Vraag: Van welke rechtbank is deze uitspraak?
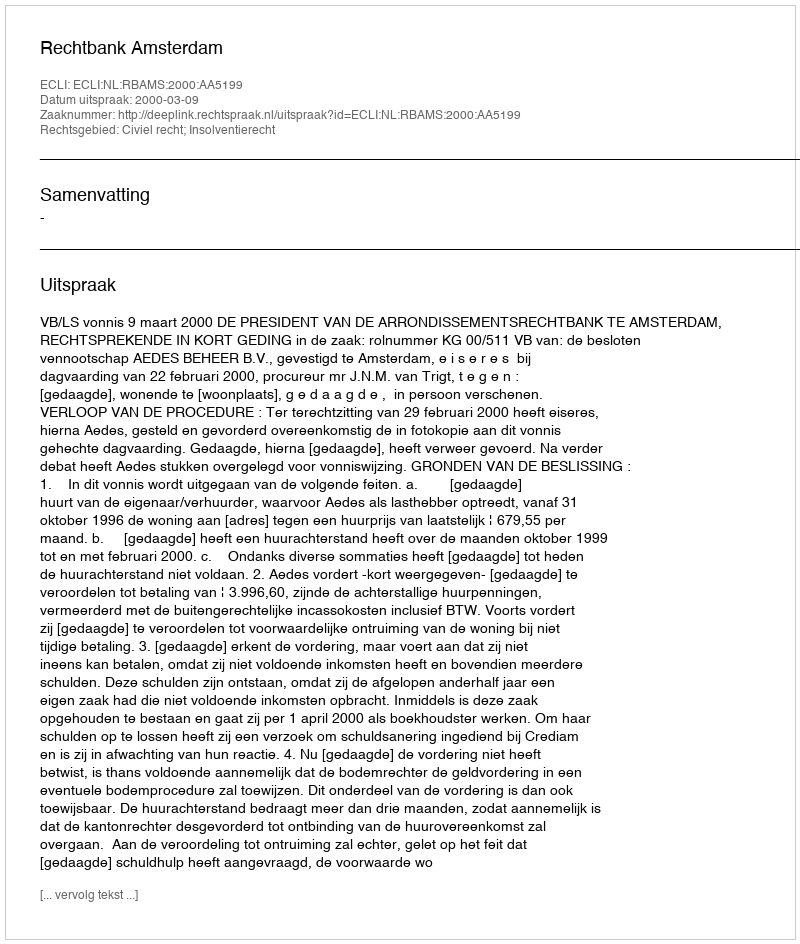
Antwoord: Rechtbank Amsterdam